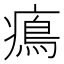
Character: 𤹷